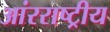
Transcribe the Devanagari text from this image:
आंरराष्ट्रीय